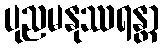
ပုညမနုဿရန္တာ